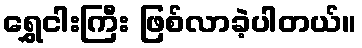
ရွှေငါးကြီး ဖြစ်လာခဲ့ပါတယ်။